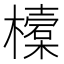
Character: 𣝔